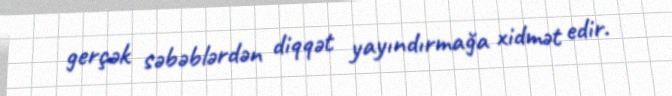
gerçək səbəblərdən diqqət yayındırmağa xidmət edir.